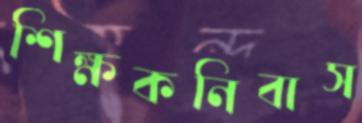
শিক্ষকনিবাস